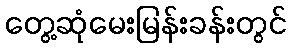
တွေ့ဆုံမေးမြန်းခန်းတွင်